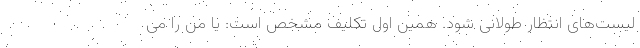
لیست‌های انتظار طولانی شود. همین اول تکلیف مشخص است: یا من را می‌